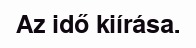
Az idő kiírása.